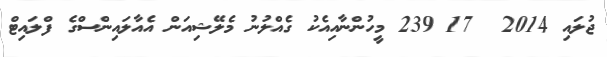
ޖުލައި 2014  17 239 މީހުންނާއިއެކު ގެއްލުނު މެލޭޝިއަން އެއާލައިންސްގެ ފްލައިޓް